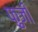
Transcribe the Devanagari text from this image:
फ़ुजी